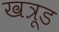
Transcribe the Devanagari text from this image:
खत्रूड